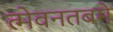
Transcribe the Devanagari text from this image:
त्मेवनतबमे